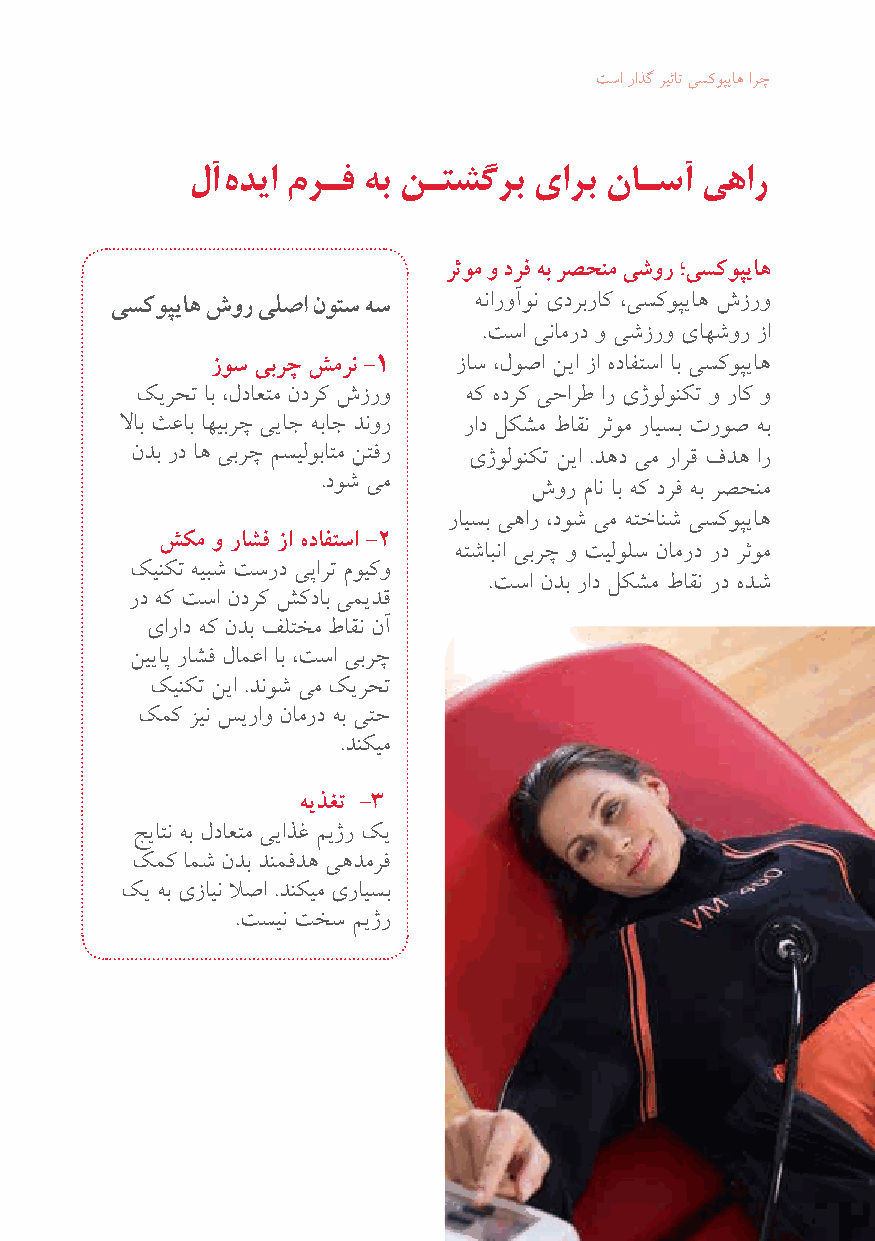
تسا راذگ ریثات یسکوپیاه ارچ
 لآ هدیا مرـف هب نـتشگرب یارب ناـسآ یهار
 رثوم و درف هب رصحنم یشور ؛یسکوپیاه
 هناروآون یدربراک ،یسکوپیاه شزرو
 یسکوپیاه شور یلصا نوتس هس
 .تسا ینامرد و یشزرو یاهشور زا
 زوس یبرچ شمرن -1 زاس ،لوصا نیا زا هدافتسا اب یسکوپیاه
 کیرحت اب ،لداعتم ندرک شزرو هک هدرک یحارط ار یژولونکت و راک و
 لااب ثعاب اهیبرچ ییاج هباج دنور راد لکشم طاقن رثوم رایسب تروص هب
 ندب رد اه یبرچ مسیلوباتم نتفر یژولونکت نیا .دهد یم رارق فده ار
 .دوش یم
 شور مان اب هک درف هب رصحنم
 رایسب یهار ،دوش یم هتخانش یسکوپیاه
 شکم و راشف زا هدافتسا -2
 هتشابنا یبرچ و تیلولس نامرد رد رثوم
 کینکت هیبش تسرد یپارت مویکو
 .تسا ندب راد لکشم طاقن رد هدش
 رد هک تسا ندرک شکداب یمیدق
 یاراد هک ندب فلتخم طاقن نآ
 نییاپ راشف لامعا اب ،تسا یبرچ
 کینکت نیا .دنوش یم کیرحت
 کمک زین سیراو نامرد هب یتح
 .دنکیم
 هیذغت -3
 جیاتن هب لداعتم ییاذغ میژر کی
 کمک امش ندب دنمفده یهدمرف
 کی هب یزاین لاصا .دنکیم یرایسب
 .تسین تخس میژر